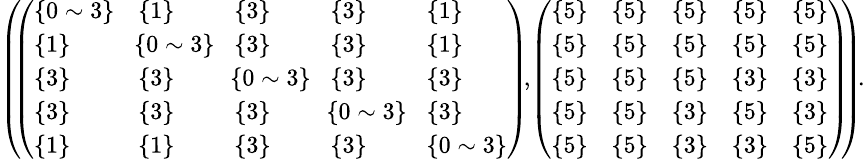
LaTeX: \begin{array}{r}{\small{\left(\! \! \left(\begin{array}{lllll}{\{ 0\sim 3\} }&{\{ 1\} }&{\{ 3\} }&{\{ 3\} }&{\{ 1\} }\\ {\{ 1\} }&{\! \{ 0\sim 3\} \! }&{\{ 3\} }&{\{ 3\} }&{\{ 1\} }\\ {\{ 3\} }&{\{ 3\} }&{\! \{ 0\sim 3\} \! }&{\{ 3\} }&{\{ 3\} }\\ {\{ 3\} }&{\{ 3\} }&{\{ 3\} }&{\! \{ 0\sim 3\} \! }&{\{ 3\} }\\ {\{ 1\} }&{\{ 1\} }&{\{ 3\} }&{\{ 3\} }&{\{ 0\sim 3\} }\end{array}\right)\! ,\! \left(\begin{array}{lllll}{\{ 5\} }&{\{ 5\} }&{\{ 5\} }&{\{ 5\} }&{\{ 5\} }\\ {\{ 5\} }&{\{ 5\} }&{\{ 5\} }&{\{ 5\} }&{\{ 5\} }\\ {\{ 5\} }&{\{ 5\} }&{\{ 5\} }&{\{ 3\} }&{\{ 3\} }\\ {\{ 5\} }&{\{ 5\} }&{\{ 3\} }&{\{ 5\} }&{\{ 3\} }\\ {\{ 5\} }&{\{ 5\} }&{\{ 3\} }&{\{ 3\} }&{\{ 5\} }\end{array}\right)\! \! \right)\! .}}\end{array}